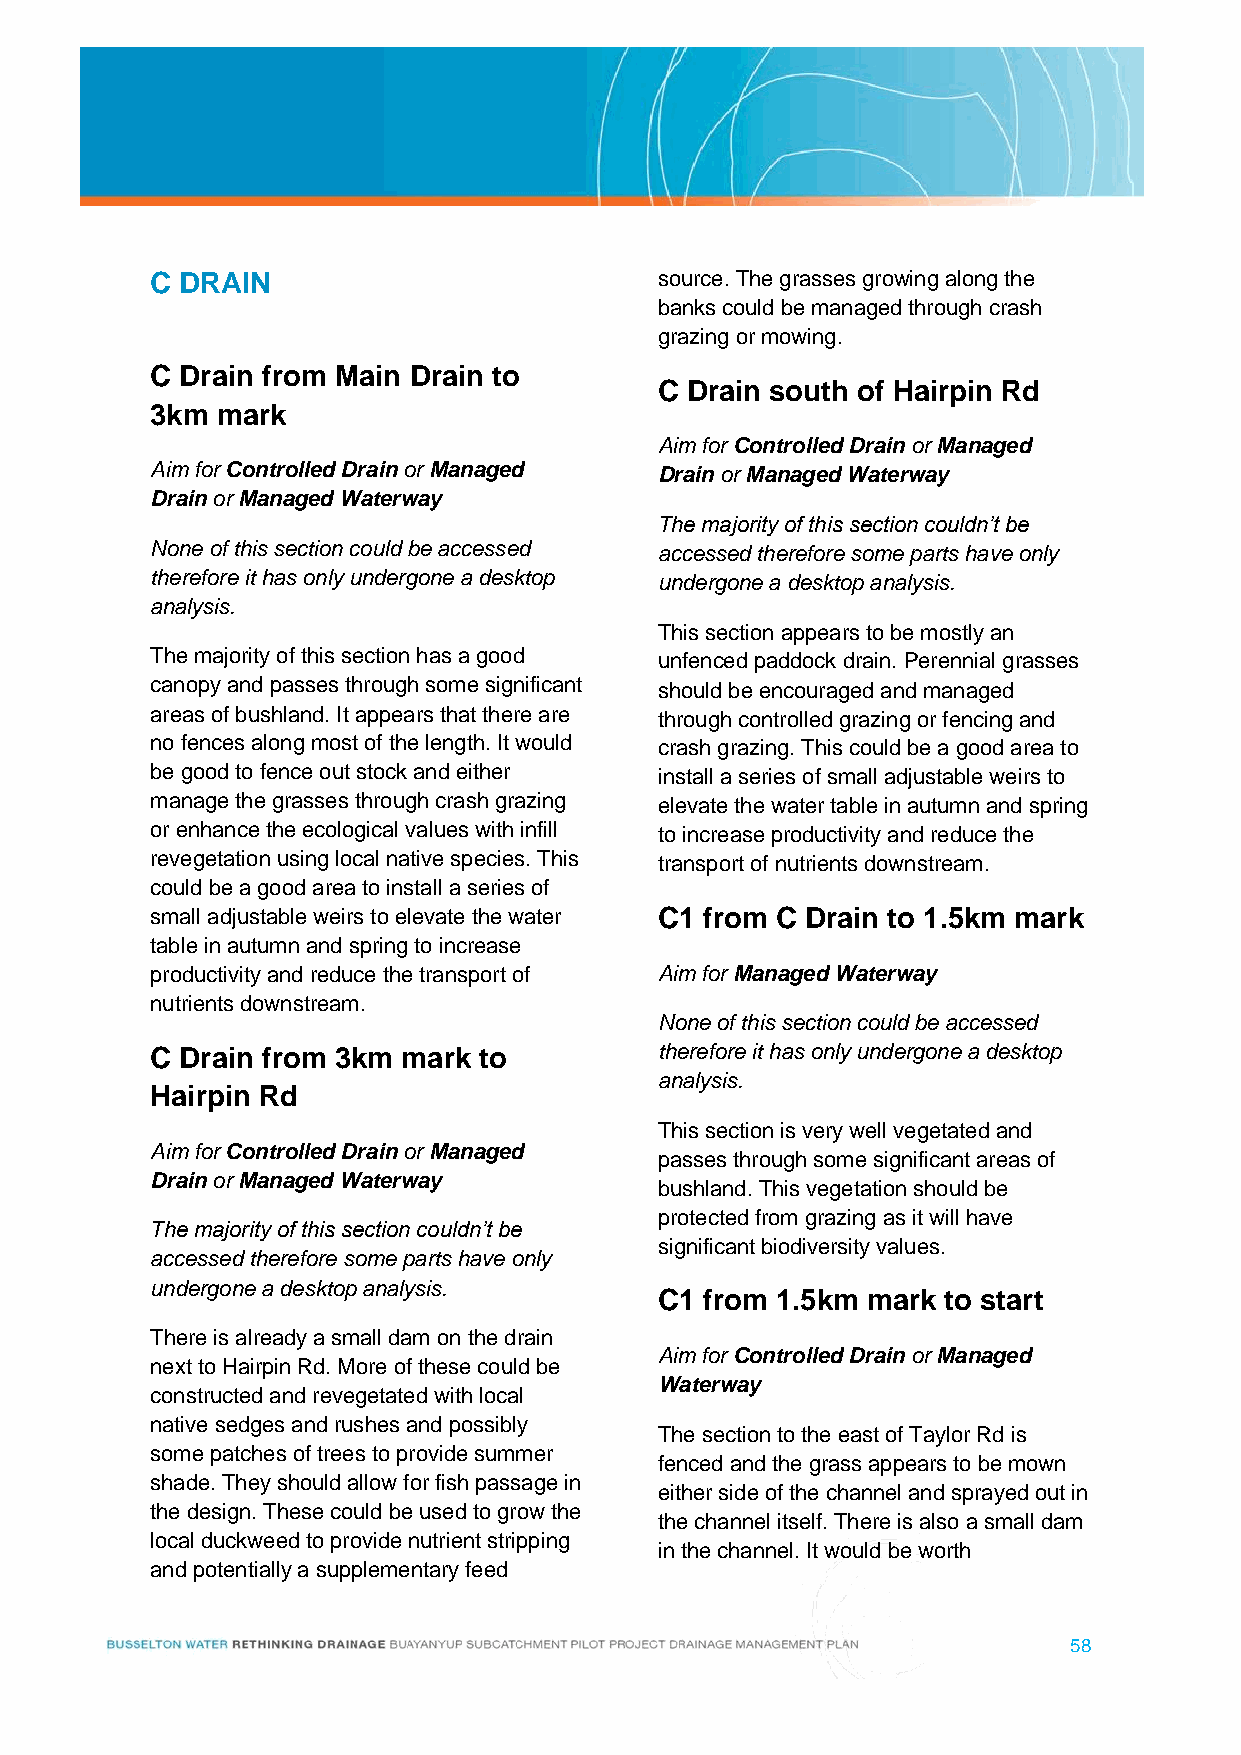
C DRAIN                           source. The grasses growing along the
 banks could be managed through crash
 grazing or mowing.
 C Drain from Main Drain to
 C Drain south of Hairpin Rd
 3km mark
 Aim for Controlled Drain or Managed
 Aim for Controlled Drain or Managed Drain or Managed Waterway
 Drain or Managed Waterway
 The majority of this section couldn’t be
 None of this section could be accessed accessed therefore some parts have only
 therefore it has only undergone a desktop undergone a desktop analysis.
 analysis.
 This section appears to be mostly an
 The majority of this section has a good unfenced paddock drain. Perennial grasses
 canopy and passes through some significant should be encouraged and managed
 areas of bushland. It appears that there are through controlled grazing or fencing and
 no fences along most of the length. It would crash grazing. This could be a good area to
 be good to fence out stock and either install a series of small adjustable weirs to
 manage the grasses through crash grazing elevate the water table in autumn and spring
 or enhance the ecological values with infill to increase productivity and reduce the
 revegetation using local native species. This transport of nutrients downstream.
 could be a good area to install a series of
 small adjustable weirs to elevate the water C1 from C Drain to 1.5km mark
 table in autumn and spring to increase
 productivity and reduce the transport of Aim for Managed Waterway
 nutrients downstream.
 None of this section could be accessed
 C Drain from 3km mark to          therefore it has only undergone a desktop
 analysis.
 Hairpin Rd
 This section is very well vegetated and
 Aim for Controlled Drain or Managed
 passes through some significant areas of
 Drain or Managed Waterway
 bushland. This vegetation should be
 protected from grazing as it will have
 The majority of this section couldn’t be
 significant biodiversity values.
 accessed therefore some parts have only
 undergone a desktop analysis.
 C1 from 1.5km mark to start
 There is already a small dam on the drain
 Aim for Controlled Drain or Managed
 next to Hairpin Rd. More of these could be
 Waterway
 constructed and revegetated with local
 native sedges and rushes and possibly
 The section to the east of Taylor Rd is
 some patches of trees to provide summer
 fenced and the grass appears to be mown
 shade. They should allow for fish passage in
 either side of the channel and sprayed out in
 the design. These could be used to grow the
 the channel itself. There is also a small dam
 local duckweed to provide nutrient stripping
 in the channel. It would be worth
 and potentially a supplementary feed
 58